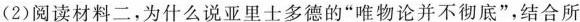
(2)阅读材料二，为什么说亚里士多德的”唯物论并不彻底”，结合所